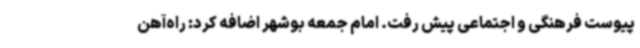
پیوست فرهنگی و اجتماعی پیش رفت. امام جمعه بوشهر اضافه کرد: راه‌آهن